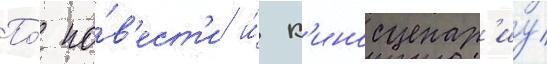
По́ по́в'ест'и и́ к'иносценар'иу